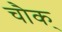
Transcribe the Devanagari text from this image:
चौक्